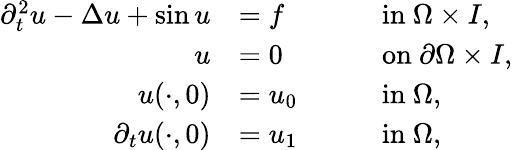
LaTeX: \begin{array}{rlrl}{\partial_{t}^{2}u-\Delta u+\sin u}&{=f}&&{\quad\mathrm{in}~\Omega\times I,}\\ {u}&{=0}&&{\quad\mathrm{on}~\partial\Omega\times I,}\\ {u(\cdot,0)}&{=u_{0}}&&{\quad\mathrm{in}~\Omega,}\\ {\partial_{t}u(\cdot,0)}&{=u_{1}}&&{\quad\mathrm{in}~\Omega,}\end{array}